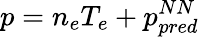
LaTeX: p=n_{e}T_{e}+p_{pred}^{NN}